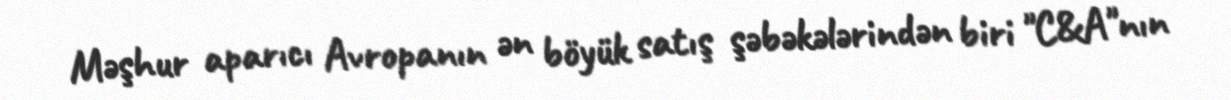
Məşhur aparıcı Avropanın ən böyük satış şəbəkələrindən biri "C&A"nın